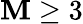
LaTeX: \mathbf{M}\ge3